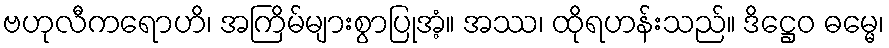
ဗဟုလီကရောဟိ၊ အကြိမ်များစွာပြုအံ့။ အဿ၊ ထိုရဟန်းသည်။ ဒိဋ္ဌေဝ ဓမ္မေ၊